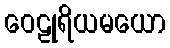
ဝေဠုရိယမယော